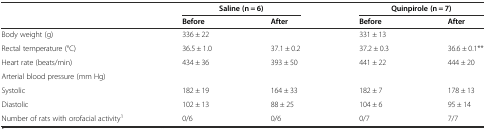
<table><thead><tr><td></td><td colspan="2"><b>Saline (n = 6)</b></td><td colspan="2"><b>Quinpirole (n = 7)</b></td></tr><tr><td></td><td><b>Before</b></td><td><b>After</b></td><td><b>Before</b></td><td><b>After</b></td></tr></thead><tbody><tr><td>Body weight (g)</td><td>336 ± 22</td><td></td><td>331 ± 13</td><td></td></tr><tr><td>Rectal temperature (°C)</td><td>36.5 ± 1.0</td><td>37.1 ± 0.2</td><td>37.2 ± 0.3</td><td>36.6 ± 0.1**</td></tr><tr><td>Heart rate (beats/min)</td><td>434 ± 36</td><td>393 ± 50</td><td>441 ± 22</td><td>444 ± 20</td></tr><tr><td>Arterial blood pressure (mm Hg)</td><td></td><td></td><td></td><td></td></tr><tr><td>Systolic</td><td>182 ± 19</td><td>164 ± 33</td><td>182 ± 7</td><td>178 ± 13</td></tr><tr><td>Diastolic</td><td>102 ± 13</td><td>88 ± 25</td><td>104 ± 6</td><td>95 ± 14</td></tr><tr><td>Number of rats with orofacial activity<sup>1</sup></td><td>0/6</td><td>0/6</td><td>0/7</td><td>7/7</td></tr></tbody></table>